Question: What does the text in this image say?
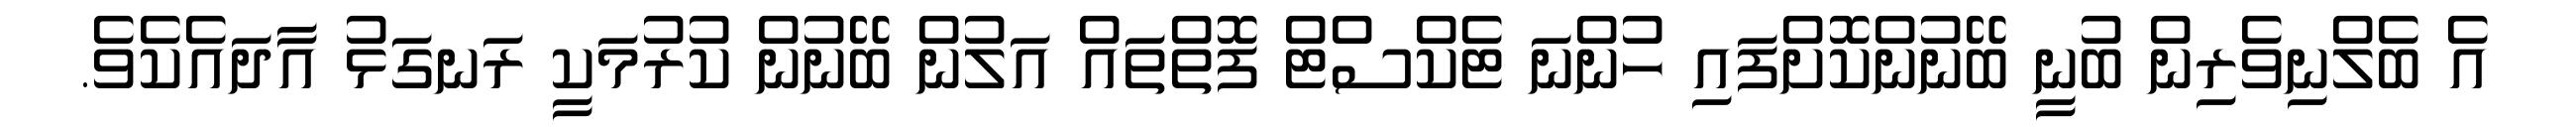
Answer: އެ ބެލްނިވެރިން ބުނީ ބޭނުންކޮށްފައި ހުންނަ ޓެކްސްޓް ފޮތްތައް އަލުން ބޭނުން ކުރުމަކީ ރަނގަޅު އާދައެކެވެ.